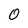
Character: 0